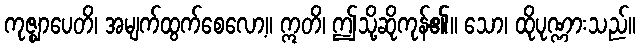
ကုဇ္ဈာပေတိ၊ အမျက်ထွက်စေလော့။ ဣတိ၊ ဤသို့ဆိုကုန်၏။ သော၊ ထိုပုဏ္ဏားသည်။